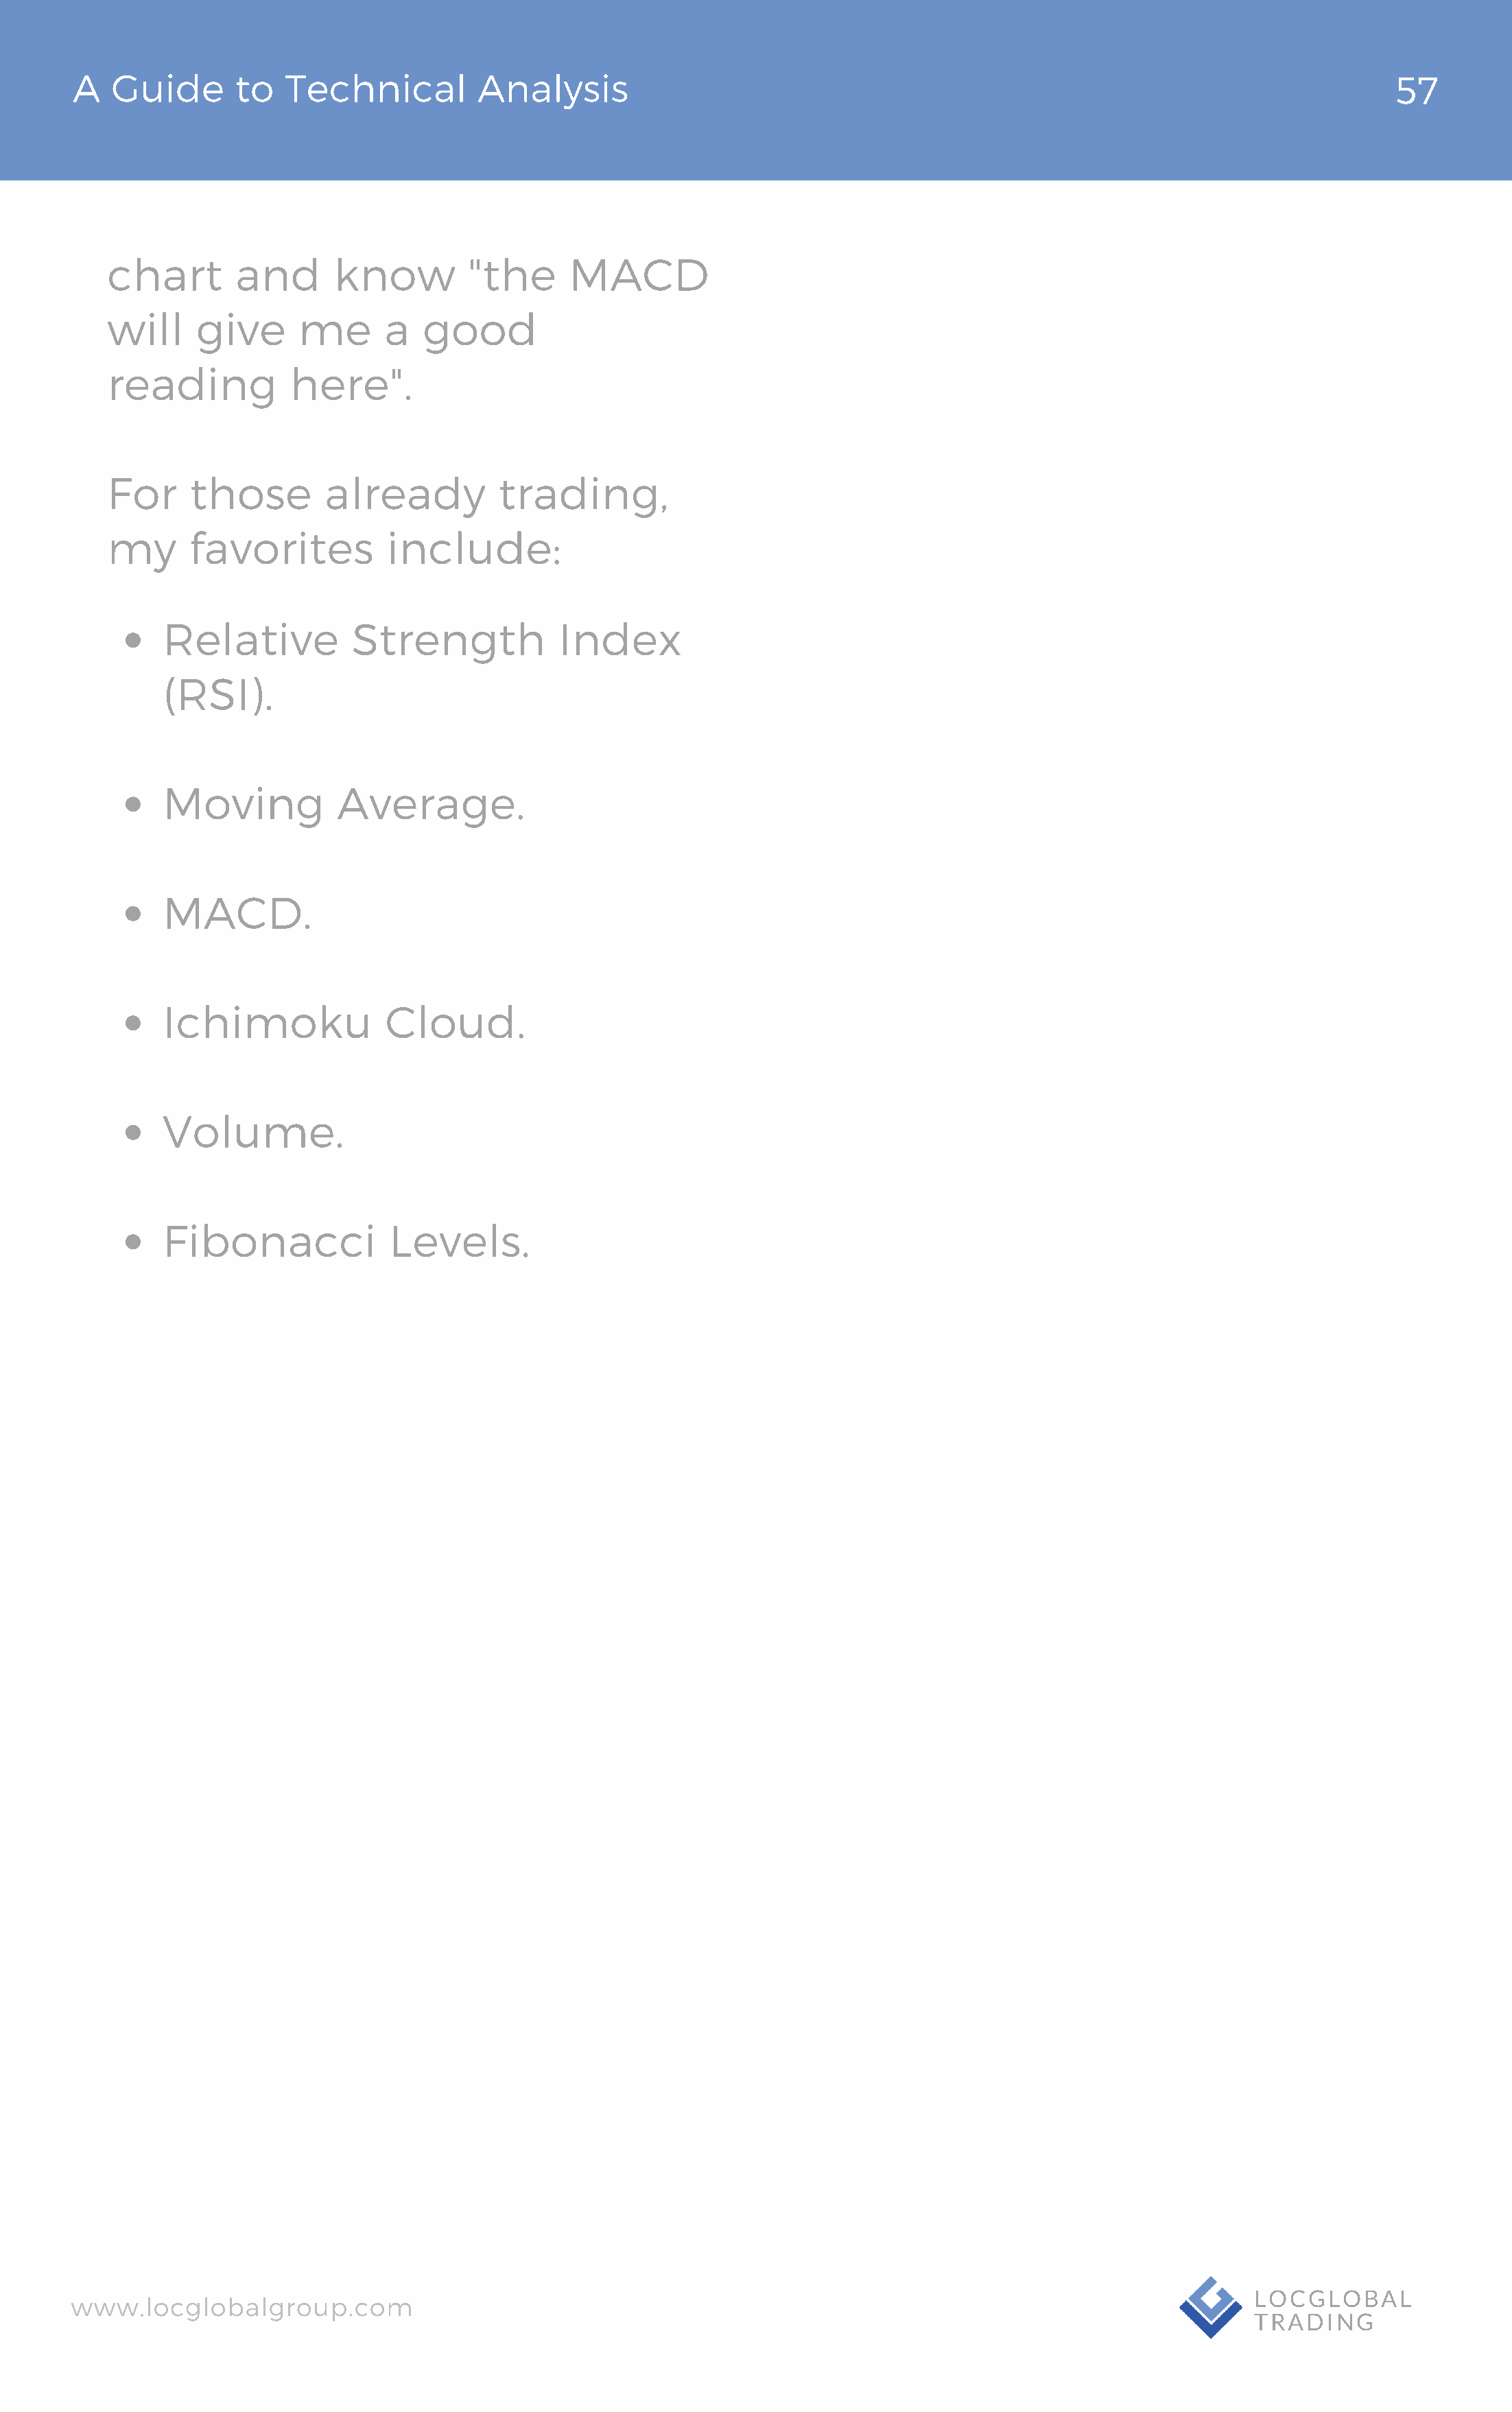
A   Guide       to  Technical          Analysis                                                                                 57
 chart        and      know         "the      MACD
 will     give      me      a   good
 reading           here".
 For     those        already          trading,
 my      favorites          include:
 Relative          Strength            Index
 (RSI).
 Moving           Average.
 MACD.
 Ichimoku             Cloud.
 Volume.
 Fibonacci             Levels.
 www.locglobalgroup.com                                                                                            LOCGLOBAL
 TRADING